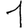
Digit: 1